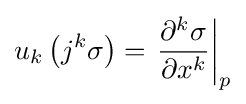
u_{k}\left(j^{k}\sigma \right)=\left.{\frac {\partial ^{k}\sigma }{\partial x^{k}}}\right|_{p}